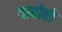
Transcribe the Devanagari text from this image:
पापोवो